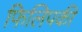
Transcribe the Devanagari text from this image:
फिलिपकी